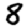
Digit: 8